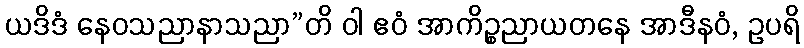
ယဒိဒံ နေဝသညာနာသညာ”တိ ဝါ ဧဝံ အာကိဉ္စညာယတနေ အာဒီနဝံ, ဥပရိ